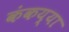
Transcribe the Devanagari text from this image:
कंकय्या